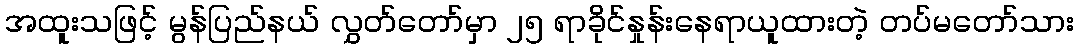
အထူးသဖြင့် မွန်ပြည်နယ် လွှတ်တော်မှာ ၂၅ ရာခိုင်နှုန်းနေရာယူထားတဲ့ တပ်မတော်သား